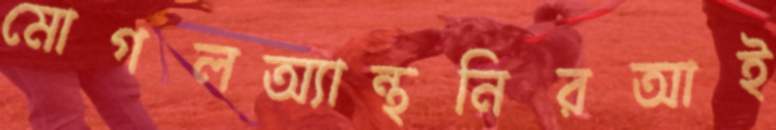
মোগলঅ্যান্থনিরআই